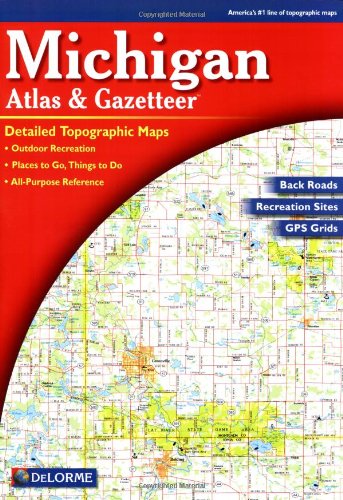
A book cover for Michigan Atlas & Gazetteer; Delorme Mapping Company; Reference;